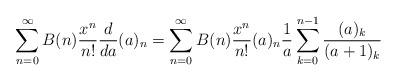
LaTeX: \begin{align*}\sum_{n=0}^\infty B(n) \frac{x^n}{n!} \frac{d}{da}(a)_n =\sum_{n=0}^\infty B(n) \frac{x^n}{n!} (a)_{n} \frac{1}{a} \sum_{k=0}^{n-1} \frac{(a)_{k}}{(a+1)_{k}}\end{align*}